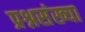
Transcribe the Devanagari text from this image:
प्रश्नसंख्या